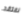
نفتقد